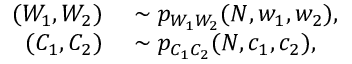
\begin{array} { r l } { ( W _ { 1 } , W _ { 2 } ) } & { { } \sim p _ { W _ { 1 } W _ { 2 } } ( N , w _ { 1 } , w _ { 2 } ) , } \\ { ( C _ { 1 } , C _ { 2 } ) } & { { } \sim p _ { C _ { 1 } C _ { 2 } } ( N , c _ { 1 } , c _ { 2 } ) , } \end{array}